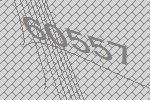
60557